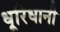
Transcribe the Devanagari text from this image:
धूरिधानी